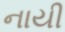
નાયી